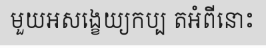
មួយអសង្ខេយ្យកប្ប តអំពីនោះ